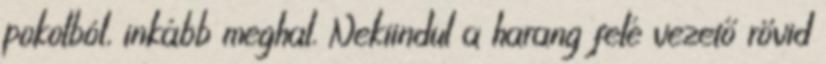
pokolból, inkább meghal. Nekiindul a harang felé vezető rövid